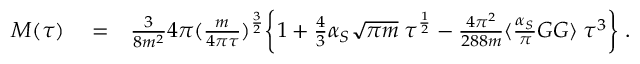
\begin{array} { r l r } { M ( \tau ) } & { { } = } & { \frac { 3 } { 8 m ^ { 2 } } 4 \pi ( \frac { m } { 4 \pi \tau } ) ^ { \frac { 3 } { 2 } } \biggl \lbrace 1 + \frac { 4 } { 3 } \alpha _ { S } \sqrt { \pi m } \; \tau ^ { \frac { 1 } { 2 } } - \frac { 4 \pi ^ { 2 } } { 2 8 8 m } \langle \frac { \alpha _ { S } } { \pi } G G \rangle \; \tau ^ { 3 } \biggr \rbrace \; . } \end{array}